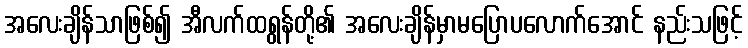
အလေးချိန်သာဖြစ်၍ အီလက်ထရွန်တို့၏ အလေးချိန်မှာမပြောပလောက်အောင် နည်းသဖြင့်